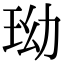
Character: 𤤬